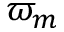
\varpi _ { m }